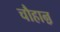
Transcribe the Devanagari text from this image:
चौहाऩ़